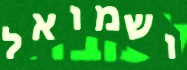
ושמואל